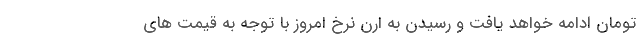
تومان ادامه خواهد یافت و رسیدن به ارن نرخ امروز با توجه به قیمت های